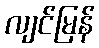
လျင်မြန်